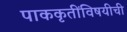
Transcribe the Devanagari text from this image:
पाककृतींविषयीची